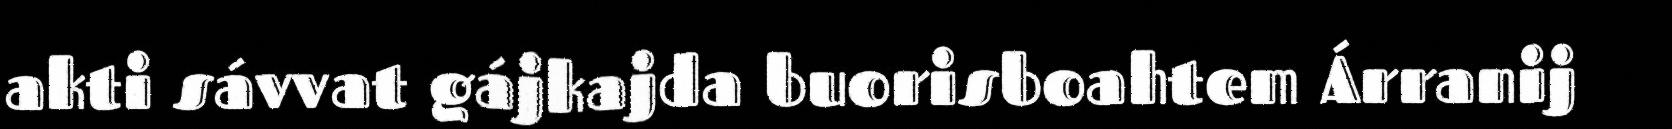
akti sávvat gájkajda buorisboahtem Árranij